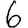
Digit: 6